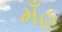
મઁહ